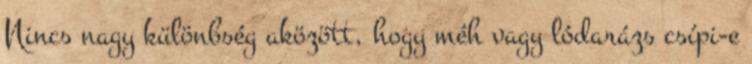
Nincs nagy különbség aközött, hogy méh vagy lódarázs csípi-e